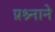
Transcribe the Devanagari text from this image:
प्रश्र्नाने